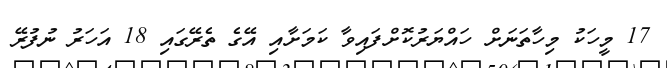
17 މީހަކު މިހާތަނަށް ހައްޔަރުކޮށްފައިވާ ކަމަށާއި އޭގެ ތެރޭގައި 18 އަހަރު ނުފުރޭ